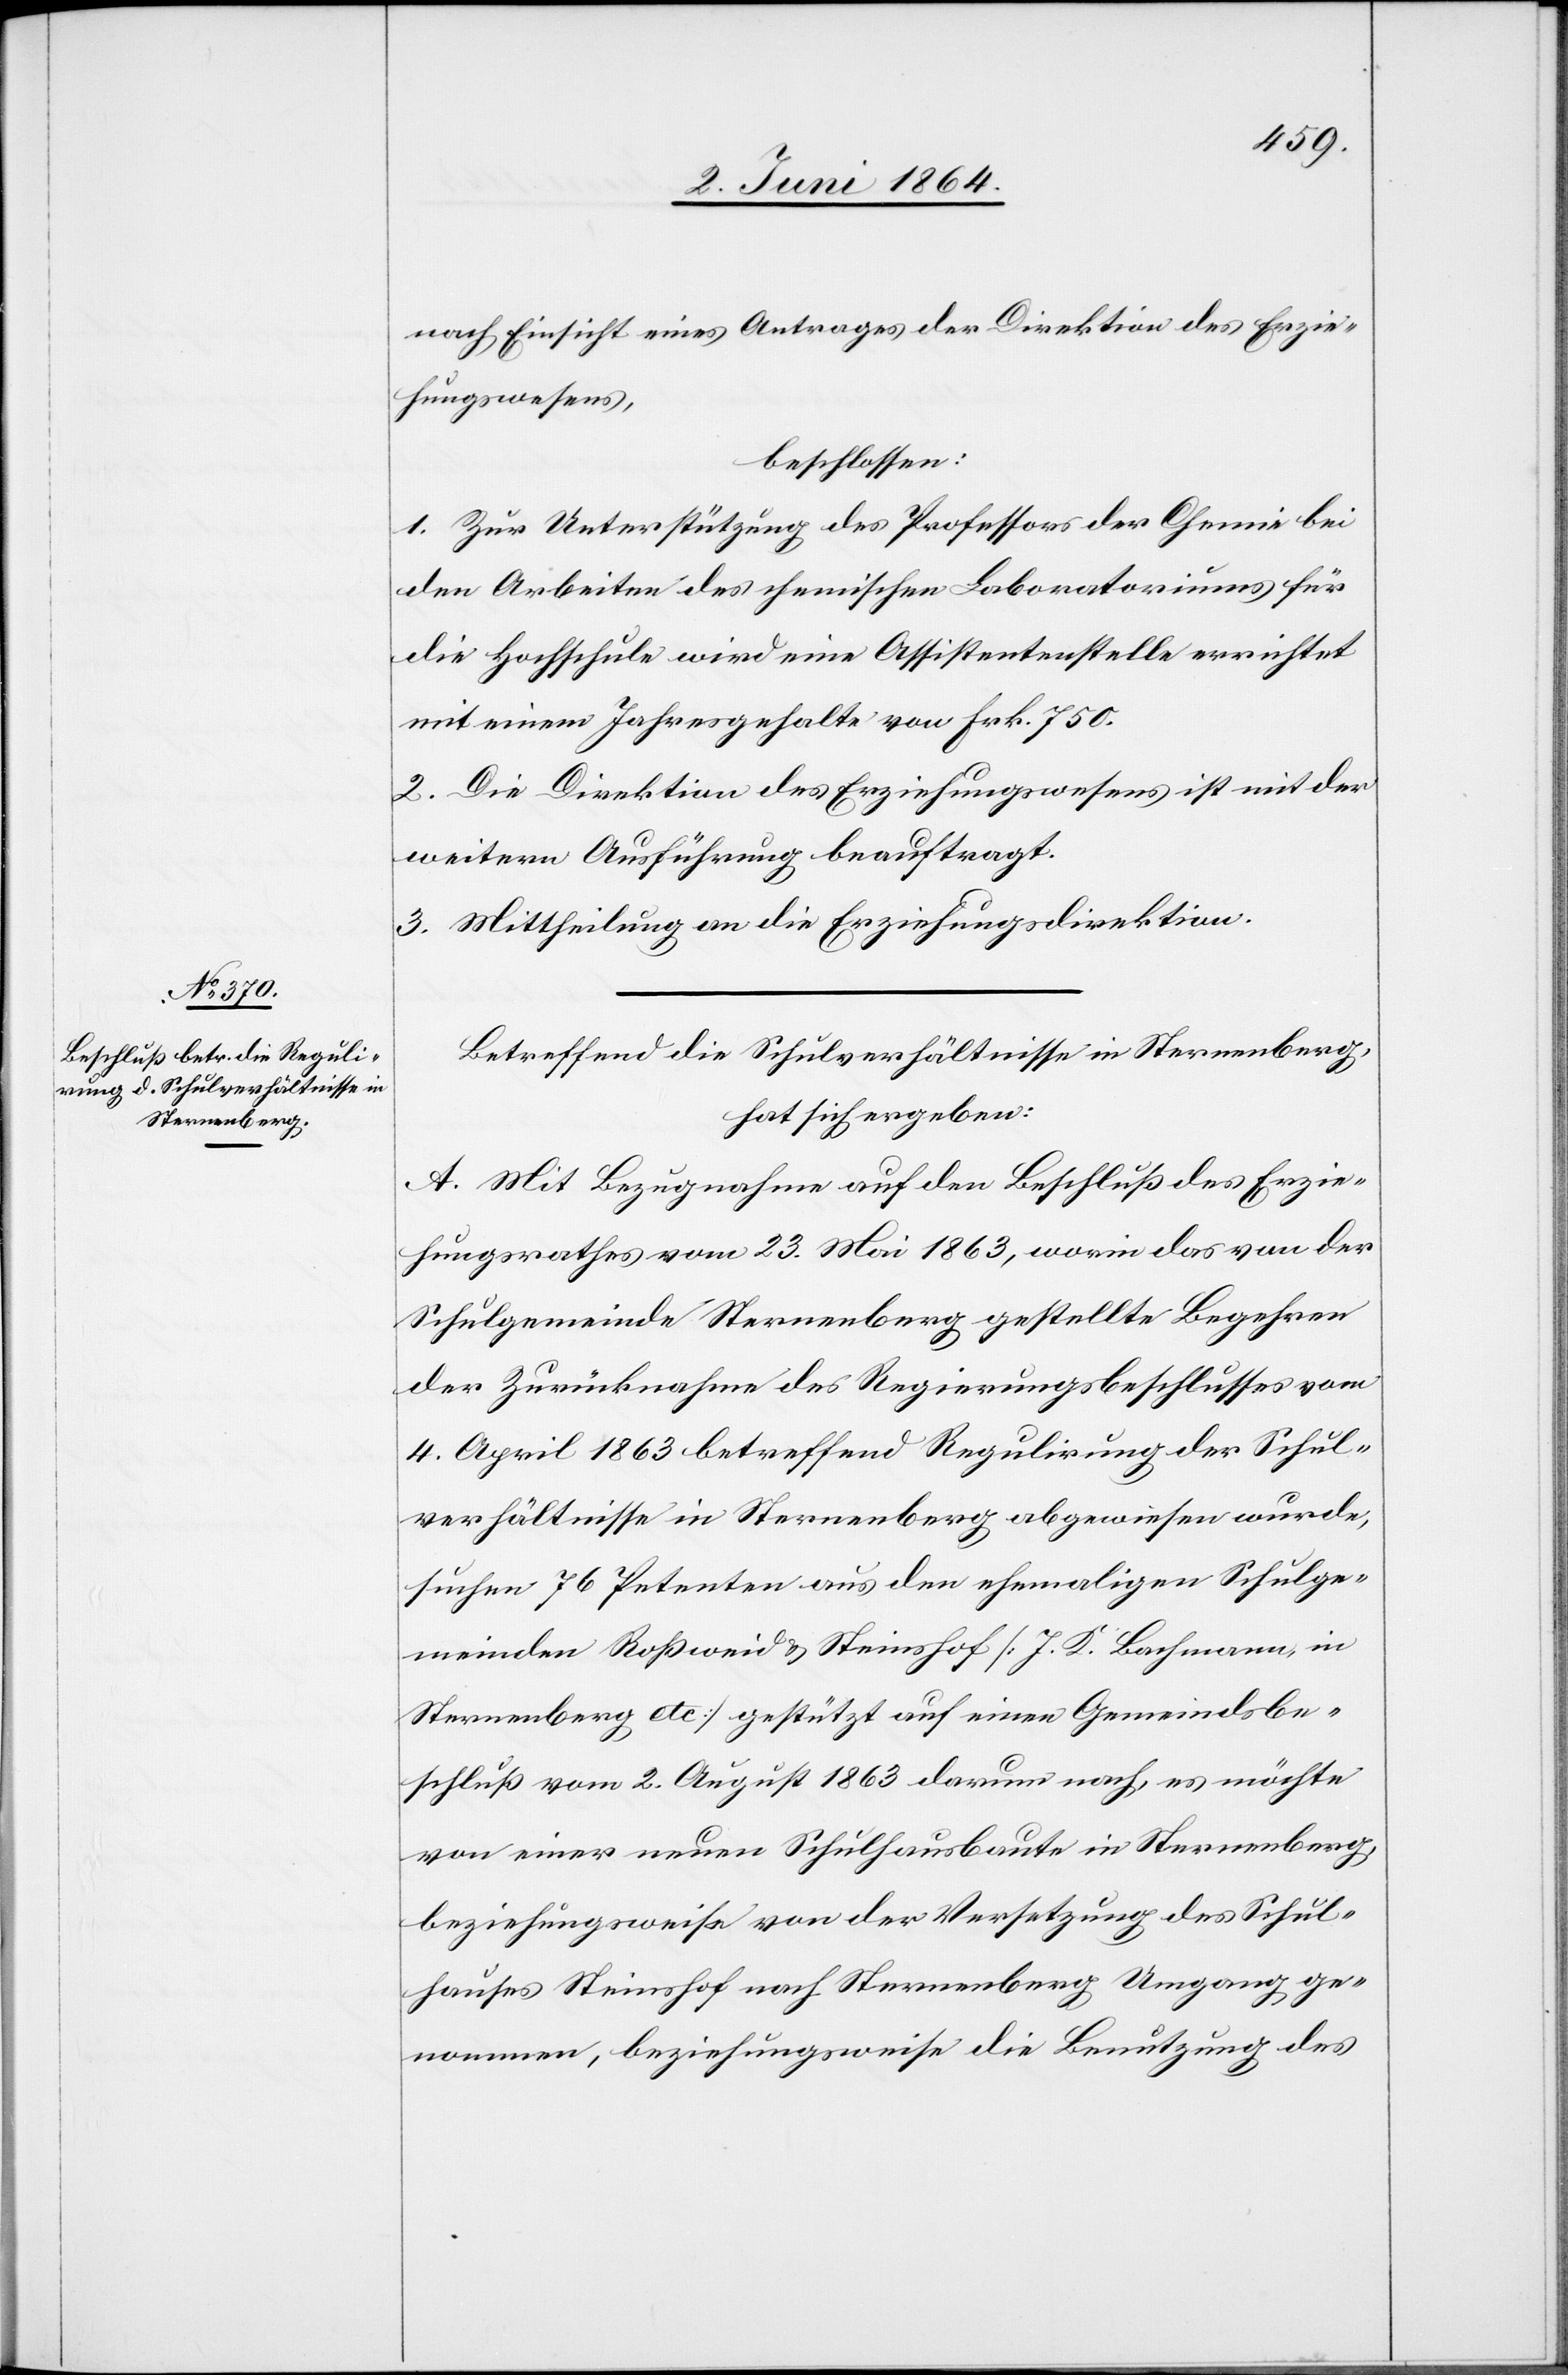
nach Einsicht eines Antrages der Direktion des Erzie¬
hungswesens,
beschlossen:
1. Zur Unterstützung des Professors der Chemie bei
den Arbeiten des chemischen Laboratoriums für
die Hochschule wird eine Assistentenstelle errichtet
mit einem Jahresgehalte von Frk. 750.
2. Die Direktion des Erziehungswesens ist mit der
weitern Ausführung beauftragt.
3. Mittheilung an die Erziehungsdirektion.
Betreffend die Schulverhältnisse in Sternenberg,
hat sich ergeben:
A. Mit Bezugnahme auf den Beschluß des Erzie¬
hungsrathes vom 23. Mai 1863, worin das von der
Schulgemeinde Sternenberg gestellte Begehren
der Zurücknahme des Regierungsbeschlusses vom
4. April 1863 betreffend Regulirung der Schul¬
verhältnisse in Sternenberg abgewiesen wurde,
suchen 76 Petenten aus den ehemaligen Schulge¬
meinden Roßweid u. Steinshof [J. K. Bachmann, in
Sternenberg etc] gestützt auf einen Gemeindsbe¬
schluß vom 2. August 1863 darum nach, es möchte
von einer neuen Schulhausbaute in Sternenberg,
beziehungsweise von der Versetzung des Schul¬
hauses Steinshof nach Sternenberg Umgang ge¬
nommen, beziehungsweise die Benutzung des